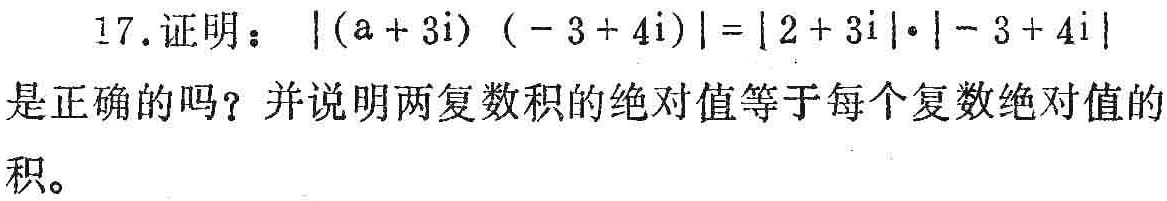
17. 证明：\(\vert (a + 3i)( - 3 + 4i)\vert=\vert 2 + 3i\vert\cdot\vert - 3 + 4i\vert\)是正确的吗？并说明两复数积的绝对值等于每个复数绝对值的积。